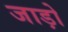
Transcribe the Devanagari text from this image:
जाड़ो